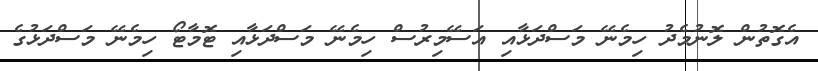
އެގޮތުން ލޮނުމެދު ހިމެނޭ މަސްދަޅާއި އަސޭމިރުސް ހިމެނޭ މަސްދަޅާއި ޓޮމާޓޯ ހިމެނޭ މަސްދަޅުގެ